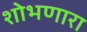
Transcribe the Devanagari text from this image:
शोभणारा